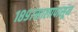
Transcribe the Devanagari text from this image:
१८९७सालापासून